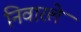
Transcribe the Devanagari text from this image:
निवारले